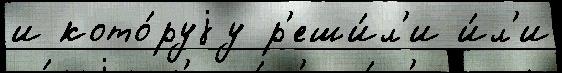
и кото́руjу р'еши́л'и и́л'и